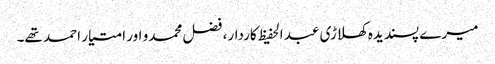
میرے پسندیدہ کھلاڑی عبد الحفیظ کاردار، فضل محمدو اور امتیار احمد تھے۔